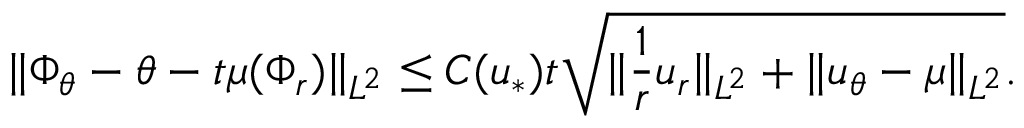
\| \Phi _ { \theta } - \theta - t \mu ( \Phi _ { r } ) \| _ { L ^ { 2 } } \leq C ( u _ { * } ) t \sqrt { \| \frac { 1 } { r } u _ { r } \| _ { L ^ { 2 } } + \| u _ { \theta } - \mu \| _ { L ^ { 2 } } } .